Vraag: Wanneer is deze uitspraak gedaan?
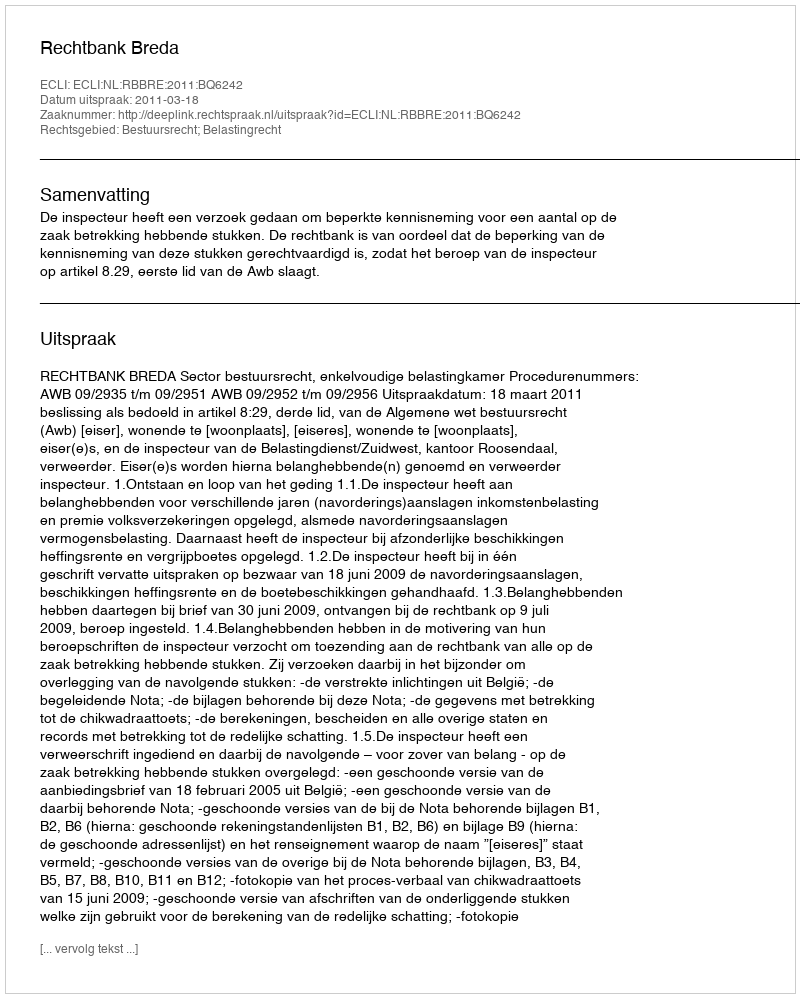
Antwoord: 2011-03-18